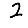
Digit: 2